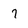
Character: 7